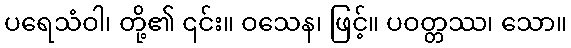
ပရေသံဝါ၊ တို့၏ ၎င်း။ ဝသေန၊ ဖြင့်။ ပဝတ္တဿ၊ သော။